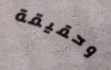
وحقيقة